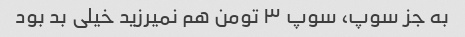
به جز سوپ، سوپ ۳ تومن هم نمیرزید خیلی بد بود